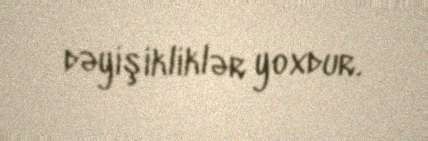
dəyişikliklər yoxdur.